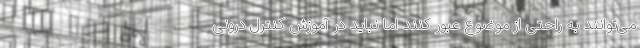
می‌توانند به راحتی از موضوع عبور کنند اما نباید در آموزش کنترل درونی